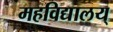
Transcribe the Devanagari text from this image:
महविद्यालय्